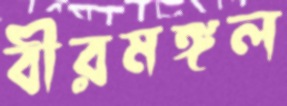
বীরমঙ্গল